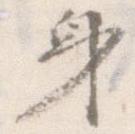
身